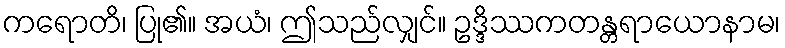
ကရောတိ၊ ပြု၏။ အယံ၊ ဤသည်လျှင်။ ဥဒ္ဒိဿကတန္တရာယောနာမ၊